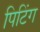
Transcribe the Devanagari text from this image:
पिटिंग